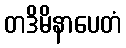
တဒိမိနာပေတံ